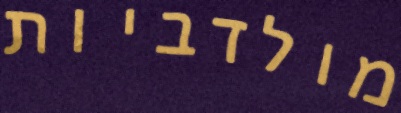
מולדביות